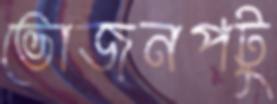
ভোজনপটু